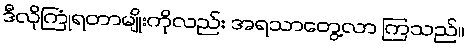
ဒီလိုကြုံရတာမျိုးကိုလည်း အရသာတွေ့လာ ကြသည်။